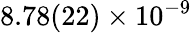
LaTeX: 8.78(22)\times 10^{-9}